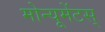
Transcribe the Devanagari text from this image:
मोन्यूमेंटस्